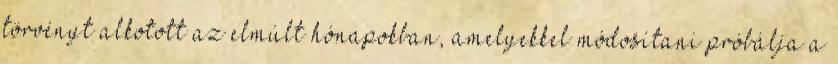
törvényt alkotott az elmúlt hónapokban, amelyekkel módosítani próbálja a